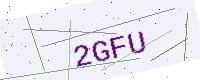
Text: 2GFU